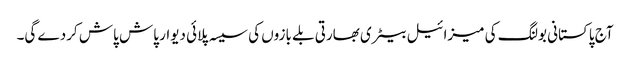
آج پاکستانی بولنگ کی میزائیل بیٹری بھارتی بلے بازوں کی سیسہ پلائی دیوار پاش پاش کردے گی۔